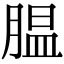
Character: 腽